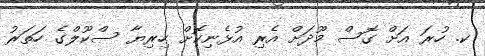
ކ. ހުރަ އަށް ގޮސް މޫދަށް އެރި އުޅެނިކޮށް ހިރިޔާ ސްކޫލްގެ ހަތަރު